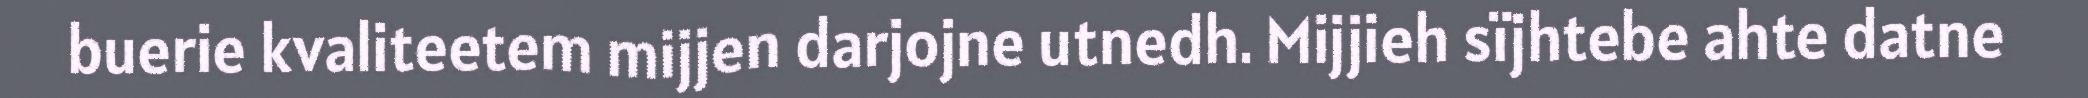
buerie kvaliteetem mijjen darjojne utnedh. Mijjieh sïjhtebe ahte datne